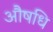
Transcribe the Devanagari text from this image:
औषधि